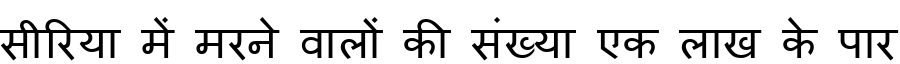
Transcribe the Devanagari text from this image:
सीरिया में मरने वालों की संख्या एक लाख के पार